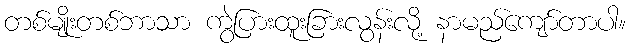
တစ်မျိုးတစ်ဘာသာ ကွဲပြားထူးခြားလွန်းလို့ နာမည်ကျော်တာပါ။